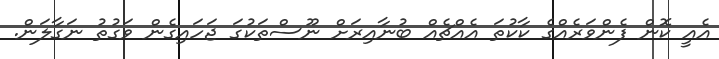
އެއީ ކޮން ފެންވަރެއްގެ ކާކުތަ އެއްޗެއް ބުނާއިރަށް ނޫސްތަކުގަ ޖަހައިގެން ވަގުތު ނަގާލަން.